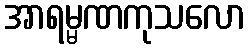
အာရမ္မဏကုသလော